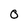
Character: 0